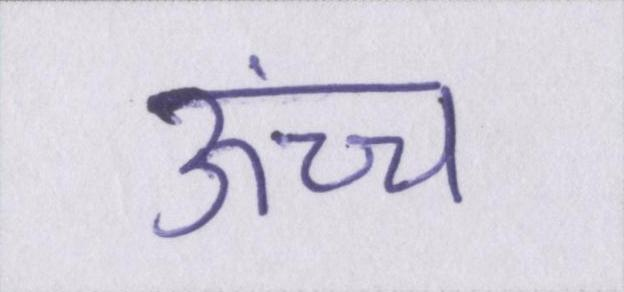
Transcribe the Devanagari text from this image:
ऊंच्च